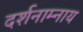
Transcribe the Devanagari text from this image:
दर्शनाम्नाय